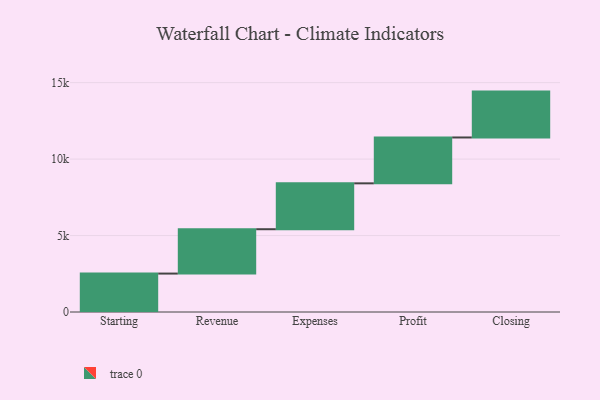
{"axis": {"x": "Step", "y": "Value"}, "legend": [""], "data": [{"x": "Starting", "y": 2513.0, "type": ""}, {"x": "Revenue", "y": 2901.0, "type": ""}, {"x": "Expenses", "y": 3000, "type": ""}, {"x": "Profit", "y": 3000, "type": ""}, {"x": "Closing", "y": 3000, "type": ""}]}